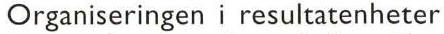
Organiseringen i resultatenheter